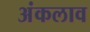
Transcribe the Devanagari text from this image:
अंकलाव